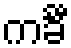
ကင်္ခီ